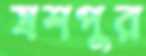
যশপুর